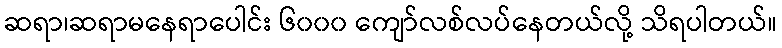
ဆရာ၊ဆရာမနေရာပေါင်း ၆၀၀၀ ကျော်လစ်လပ်နေတယ်လို့ သိရပါတယ်။